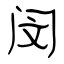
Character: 闵